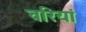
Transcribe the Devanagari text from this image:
वरियां